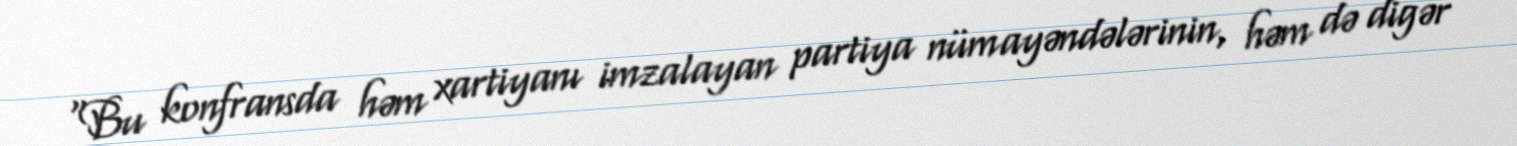
“Bu konfransda həm xartiyanı imzalayan partiya nümayəndələrinin, həm də digər